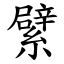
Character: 繴